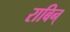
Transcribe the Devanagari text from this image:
राबिन्‌